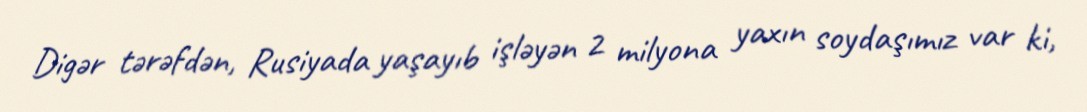
Digər tərəfdən, Rusiyada yaşayıb işləyən 2 milyona yaxın soydaşımız var ki,